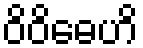
ဝိဝိဓေဟိ